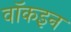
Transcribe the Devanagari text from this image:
वॉकइन